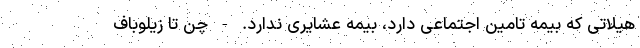
هیلاتی که بیمه تامین اجتماعی دارد، بیمه عشایری ندارد. - چن تا زیلوباف